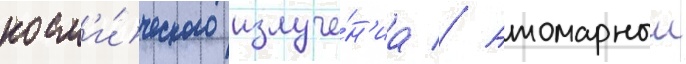
косм'и́ческого излуче́н'иа // Атомарныи